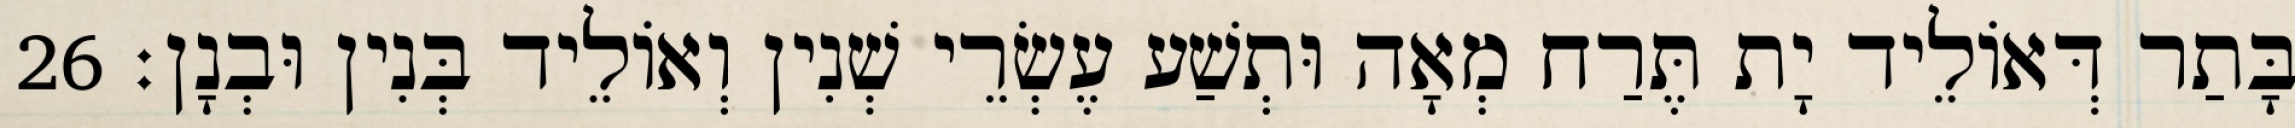
בָּתַר דְּאוֹלֵיד יָת תֶּרַח מְאָה וּתְשַׁע עֶשְׂרֵי שְׁנִין וְאוֹלֵיד בְּנִין וּבְנָן׃ 26